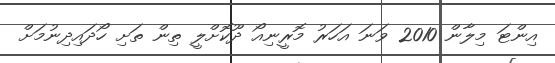
އިންޓަ މިލާން 2010 ވަނަ އަހަރު މޮރީނިއޯ ދޫކޮށްލީ ތިން ތަށި ހޯދައިދިނުމަށް